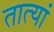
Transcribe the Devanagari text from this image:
तात्यां